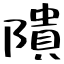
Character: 隤